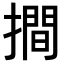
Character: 𢵧